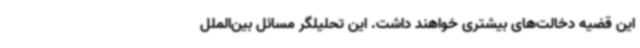
این قضیه دخالت‌های بیشتری خواهند داشت. این تحلیلگر مسائل بین‌الملل